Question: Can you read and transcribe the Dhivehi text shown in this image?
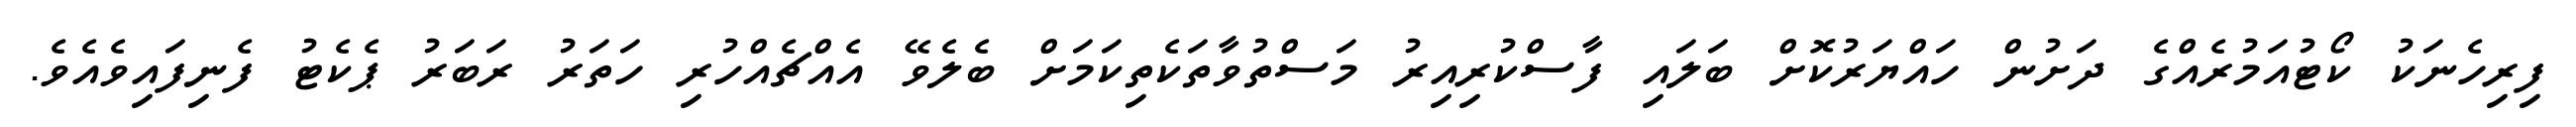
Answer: ފިރިހެނަކު ކޯޓުއަމުރެއްގެ ދަށުން ހައްޔަރުކޮށް ބަލައި ފާސްކުރިއިރު މަސްތުވާތަކެތިކަމަށް ބެލެވޭ އެއްޗެއްހުރި ހަތަރު ރަބަރު ޕެކެޓު ފެނިފައިވެއެވެ.